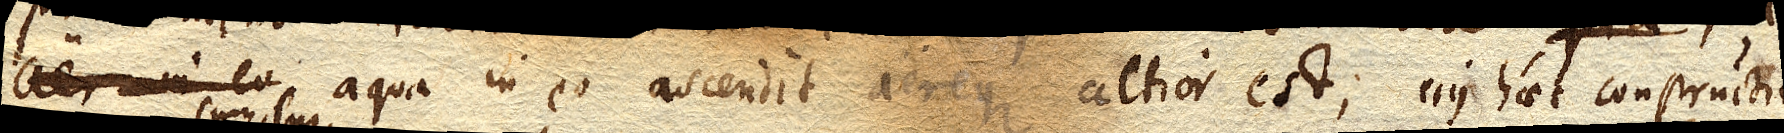
aer in eo aqua in eo ascendit aereque altior est; ejus haec constructio